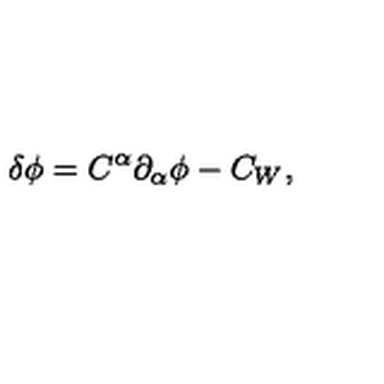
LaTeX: \delta \phi = C ^ { \alpha } { \partial } _ { \alpha } \phi - C _ { W } ,